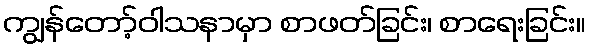
ကျွန်တော့်ဝါသနာမှာ စာဖတ်ခြင်း၊ စာရေးခြင်း။